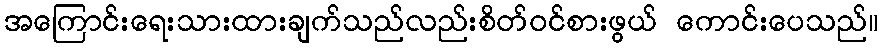
အကြောင်းရေးသားထားချက်သည်လည်းစိတ်ဝင်စားဖွယ် ကောင်းပေသည်။